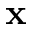
\mathbf { x }